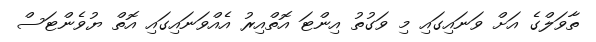
ތާވަލްގެ އަށް ވަނައިގައި މި ވަގުތު އިންޓަ އޮތްއިރު އެއްވަނައިގައި އޮތް ޔުވެންޓަސް